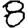
Digit: 8